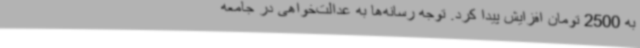
به 2500 تومان افزایش پیدا کرد. توجه رسانه‌ها به عدالت‌خواهی در جامعه